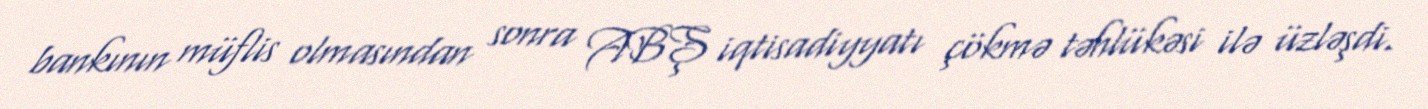
bankının müflis olmasından sonra ABŞ iqtisadiyyatı çökmə təhlükəsi ilə üzləşdi.